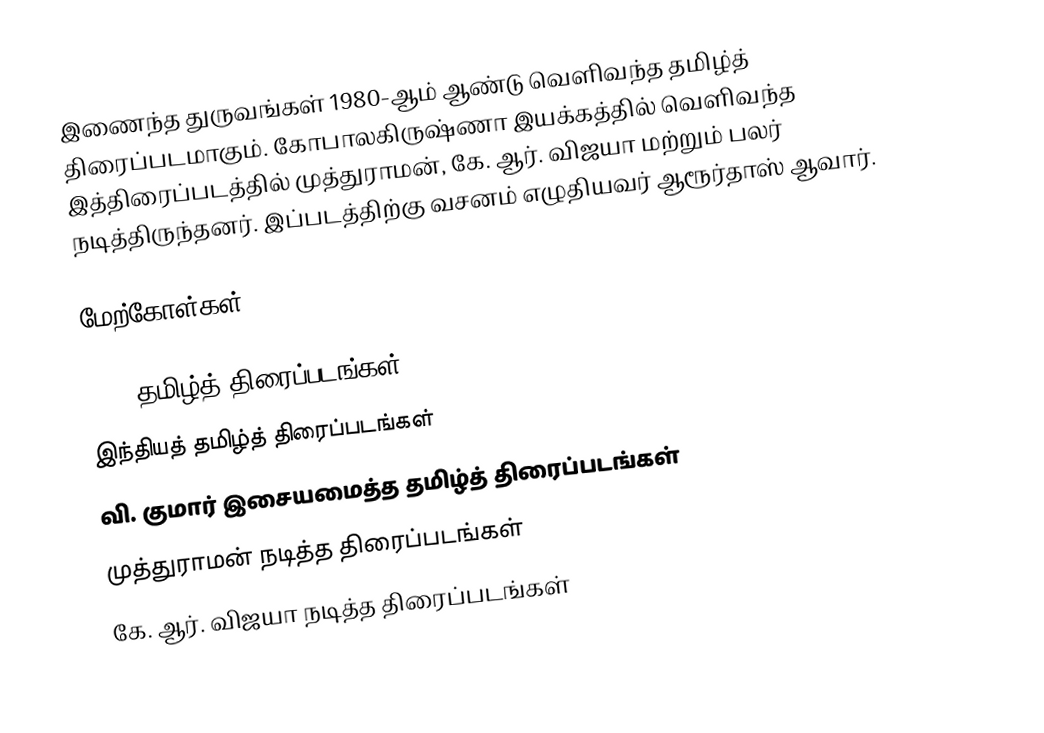
இணைந்த துருவங்கள் 1980-ஆம் ஆண்டு வெளிவந்த தமிழ்த் திரைப்படமாகும். கோபாலகிருஷ்ணா இயக்கத்தில் வெளிவந்த இத்திரைப்படத்தில் முத்துராமன், கே. ஆர். விஜயா மற்றும் பலர் நடித்திருந்தனர். இப்படத்திற்கு வசனம் எழுதியவர் ஆரூர்தாஸ் ஆவார்.

மேற்கோள்கள்

1980 தமிழ்த் திரைப்படங்கள்
இந்தியத் தமிழ்த் திரைப்படங்கள்
வி. குமார் இசையமைத்த தமிழ்த் திரைப்படங்கள்
முத்துராமன் நடித்த திரைப்படங்கள்
கே. ஆர். விஜயா நடித்த திரைப்படங்கள்